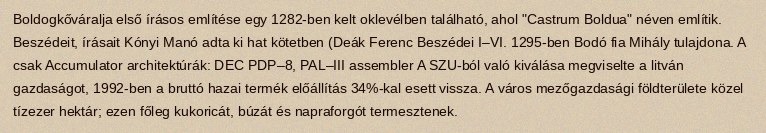
Boldogkőváralja első írásos említése egy 1282-ben kelt oklevélben található, ahol "Castrum Boldua" néven említik. Beszédeit, írásait Kónyi Manó adta ki hat kötetben (Deák Ferenc Beszédei I–VI. 1295-ben Bodó fia Mihály tulajdona. A csak Accumulator architektúrák: DEC PDP–8, PAL–III assembler A SZU-ból való kiválása megviselte a litván gazdaságot, 1992-ben a bruttó hazai termék előállítás 34%-kal esett vissza. A város mezőgazdasági földterülete közel tízezer hektár; ezen főleg kukoricát, búzát és napraforgót termesztenek.